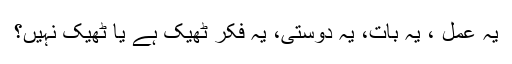
یہ عمل ، یہ بات، یہ دوستی، یہ فکر ٹھیک ہے یا ٹھیک نہیں؟